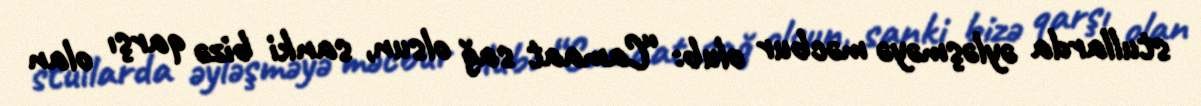
stullarda əyləşməyə məcbur olub: “Camaat sağ olsun, sanki bizə qarşı olan